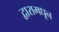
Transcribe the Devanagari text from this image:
द्वारामधून